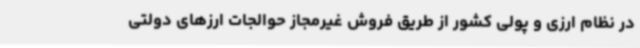
در نظام ارزی و پولی کشور از طریق فروش غیرمجاز حوالجات ارزهای دولتی